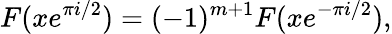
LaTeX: F(xe^{\pi i/2})=(-1)^{m+1}F(xe^{-\pi i/2}),